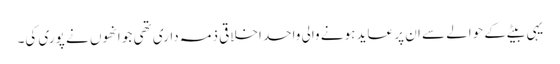
یہی بیٹے کے حوالے سے ان پر عاید ہونے والی واحد اخلاقی ذمہ داری تھی جو انھوں نے پوری کی۔